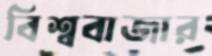
বিশ্ববাজার